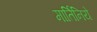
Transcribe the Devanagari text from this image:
मार्तिनिये